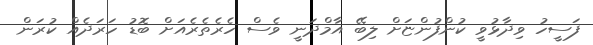
ފަސީހު ވިދާޅުވީ ކުންފުންޏަށް ލިބޭ އާމްދަނީ ވެސް ހެރެތެރެއަށް ބޮޑު ހަރަދެއް ކުރަން